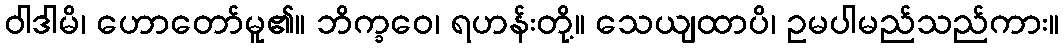
ဝါဒါမိ၊ ဟောတော်မူ၏။ ဘိက္ခဝေ၊ ရဟန်းတို့။ သေယျထာပိ၊ ဥမပါမည်သည်ကား။